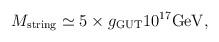
LaTeX: \begin{align*}M_{\rm string}\simeq 5 \times g_{\rm GUT} 10^{17}{\rm GeV},\end{align*}